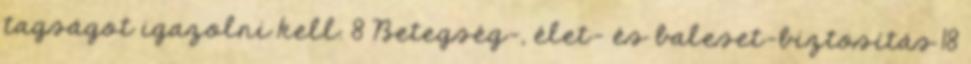
tagságot igazolni kell. 8 Betegség-, élet- és baleset-biztosítás 18